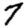
Digit: 7